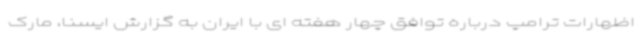
اظهارات ترامپ درباره توافق چهار هفته ای با ایران به گزارش ایسنا، مارک